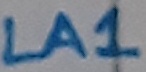
Text: LA1